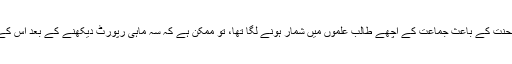
اب وہ اپنی ذہانت اور میری محنت کے باعث جماعت کے اچھے طالب علموں میں شمار ہونے لگا تھا، تو ممکن ہے کہ سہ ماہی رپورٹ دیکھنے کے بعد اس کے والد نے یہ اضافہ کر دیا ہو۔